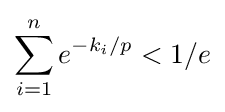
\sum _{i=1}^{n}e^{-k_{i}/p}<{1/e}